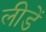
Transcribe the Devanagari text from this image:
लीडें